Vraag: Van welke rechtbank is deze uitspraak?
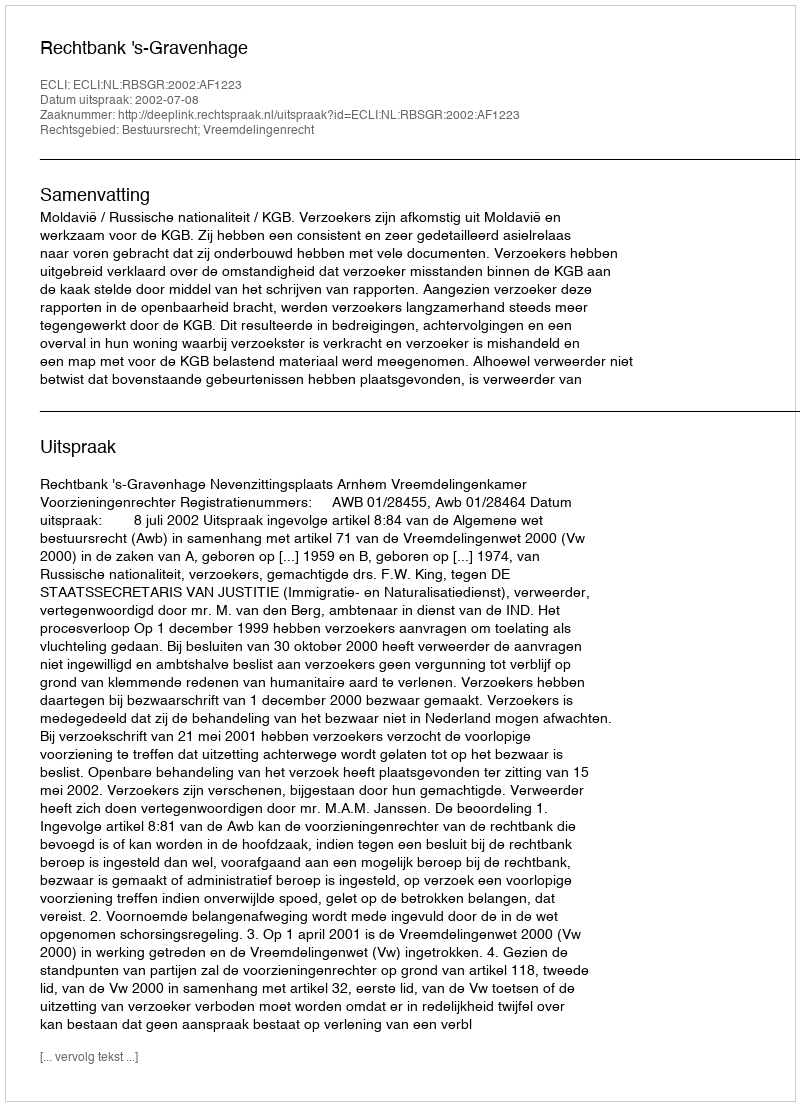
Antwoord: Rechtbank 's-Gravenhage